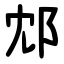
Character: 邥